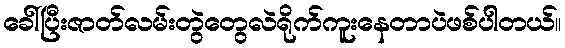
ခေါ်ပြီးဇာတ်လမ်းတွဲတွေလဲရိုက်ကူးနေတာပဲဖစ်ပါတယ်။